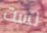
لست